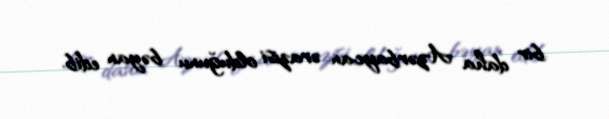
bir daha Azərbaycan ərazisi olduğunu bəyan edib.